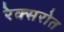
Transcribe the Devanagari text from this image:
रेक्सरोत